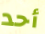
أحد